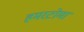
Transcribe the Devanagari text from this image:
हमरटोमा